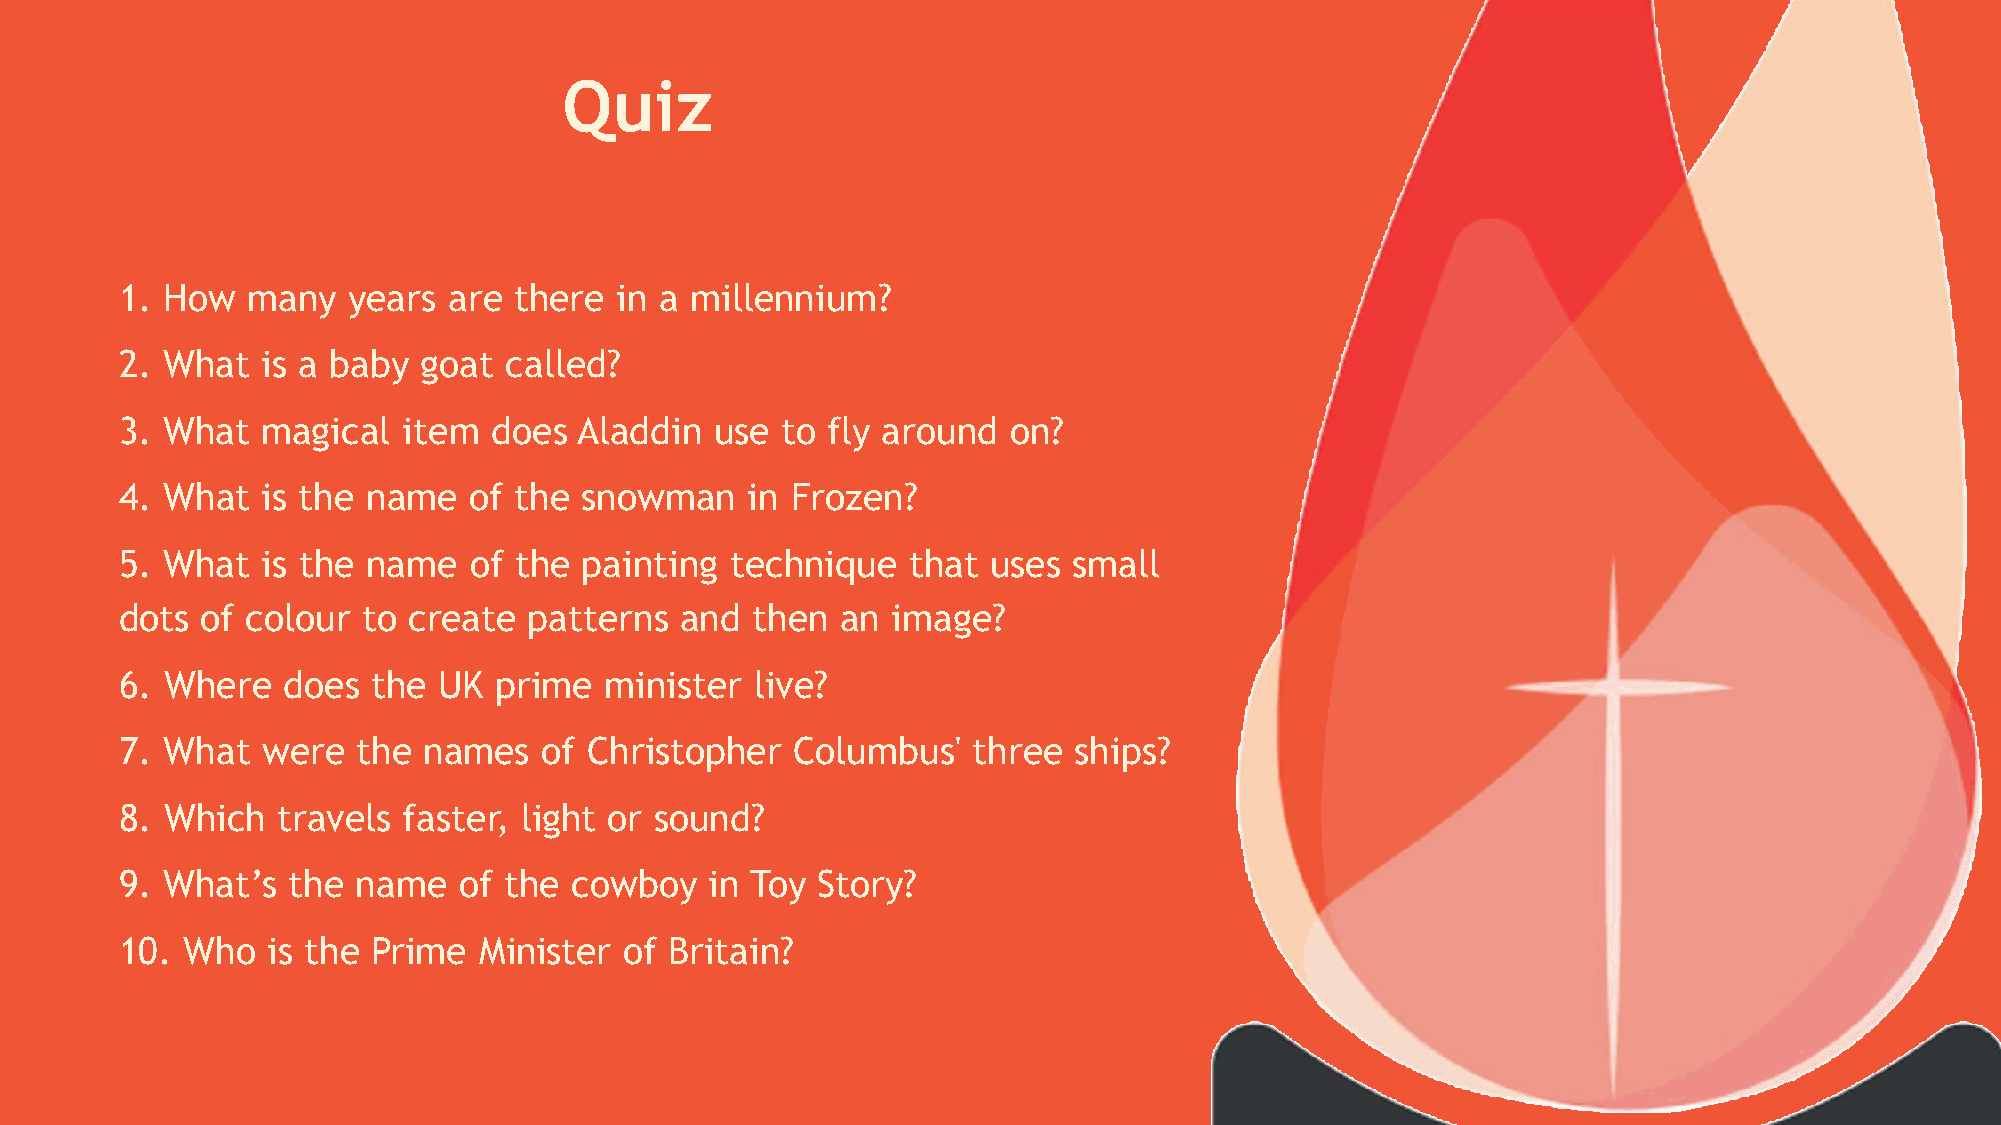
Quiz
 1. How  many   years  are there  in a millennium?
 2. What  is a baby  goat called?
 3. What  magical   item  does Aladdin  use  to fly around  on?
 4. What  is the name   of the  snowman    in Frozen?
 5. What  is the name   of the  painting technique   that uses  small
 dots of colour  to create  patterns  and  then  an image?
 6. Where   does  the UK  prime  minister  live?
 7. What  were   the names   of Christopher   Columbus'  three  ships?
 8. Which  travels  faster, light or sound?
 9. What’s  the  name  of the  cowboy   in Toy Story?
 10. Who   is the Prime  Minister of Britain?